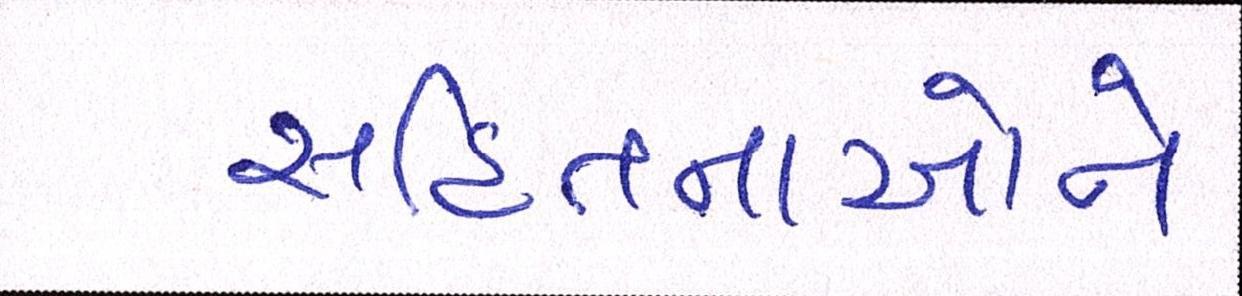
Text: સહિતનાઓને